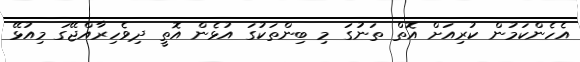
އެހެންކަމުން ކުރިއަށް އޮތް ތަނުގަ މި ބިންތަކުގަ އުޅެން އޮތީ ދިވެހިރާއްޖޭގަ މިއުޅޭ